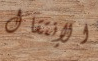
الإنتقال